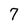
Character: 7